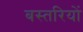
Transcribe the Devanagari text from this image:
बस्तरियों